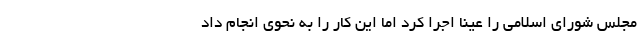
مجلس شورای اسلامی را عیناً اجرا کرد اما این کار را به نحوی انجام داد